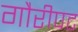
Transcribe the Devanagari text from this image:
गौरीपट